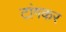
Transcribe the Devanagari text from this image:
टांगकर